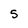
Character: S